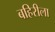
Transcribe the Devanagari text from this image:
बहिरीला